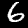
Label: 6